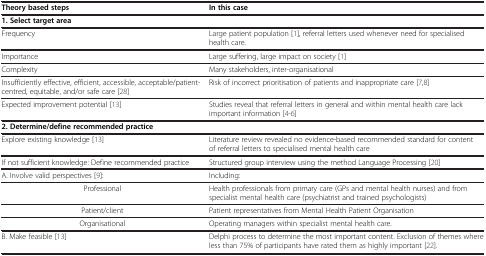
<table><thead><tr><td><b>Theory based steps</b></td><td><b>In this case</b></td></tr></thead><tbody><tr><td colspan="2"><b>1. Select target area</b></td></tr><tr><td>Frequency</td><td>Large patient population [1], referral letters used whenever need for specialised health care.</td></tr><tr><td>Importance</td><td>Large suffering, large impact on society [1]</td></tr><tr><td>Complexity</td><td>Many stakeholders, inter-organisational</td></tr><tr><td>Insufficiently effective, efficient, accessible, acceptable/patient-centred, equitable, and/or safe care [28]</td><td>Risk of incorrect prioritisation of patients and inappropriate care [7,8]</td></tr><tr><td>Expected improvement potential [13]</td><td>Studies reveal that referral letters in general and within mental health care lack important information [4-6]</td></tr><tr><td colspan="2"><b>2. Determine/define recommended practice</b></td></tr><tr><td>Explore existing knowledge [13]</td><td>Literature review revealed no evidence-based recommended standard for content of referral letters to specialised mental health care</td></tr><tr><td>If not sufficient knowledge: Define recommended practice</td><td>Structured group interview using the method Language Processing [20]</td></tr><tr><td>A. Involve valid perspectives [9]:</td><td>Including:</td></tr><tr><td>Professional</td><td>Health professionals from primary care (GPs and mental health nurses) and from specialist mental health care (psychiatrist and trained psychologists)</td></tr><tr><td>Patient/client</td><td>Patient representatives from Mental Health Patient Organisation</td></tr><tr><td>Organisational</td><td>Operating managers within specialist mental health care.</td></tr><tr><td>B. Make feasible [13]</td><td>Delphi process to determine the most important content. Exclusion of themes where less than 75% of participants have rated them as highly important [22].</td></tr></tbody></table>